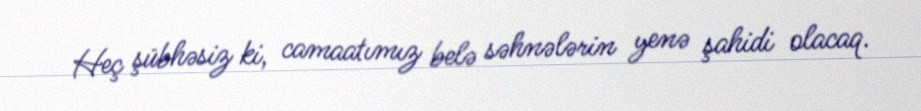
Heç şübhəsiz ki, camaatımız belə səhnələrin yenə şahidi olacaq.